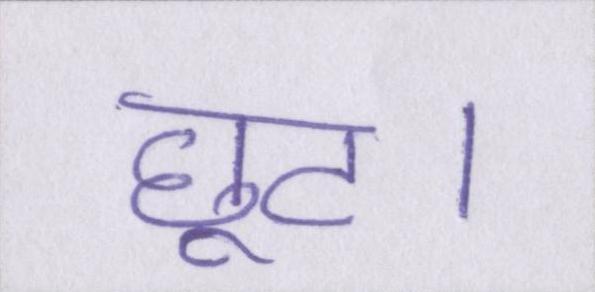
छूट।